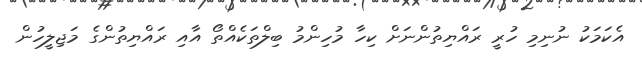
އެކަމަކު ނުނިމި ހުރީ ރައްޔިތުންނަށް ކިހާ މުހިންމު ބިލްތަކެއްތޯ އާއި ރައްޔިތުންގެ މަޖިލީހުން